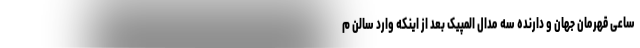
ساعی قهرمان جهان و دارنده سه مدال المپیک بعد از اینکه وارد سالن م